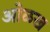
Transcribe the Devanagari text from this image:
आेळख